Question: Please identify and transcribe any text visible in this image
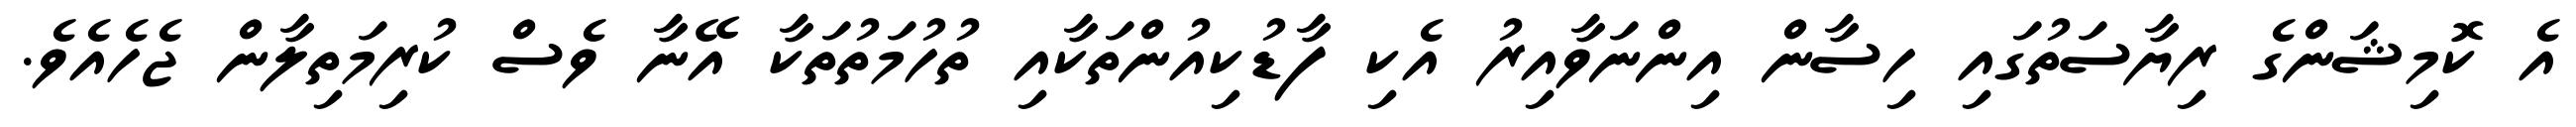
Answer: އެ ކޮމިޝަންގެ ރިޔާސަތުގައި ހިސާން އިންނަވާއިރު އެކި ފާޑުކިއުންތަކާއި ތުހުމަތުތަކާ އޭނާ ވެސް ކުރިމަތިލާން ޖެހެއެވެ.